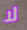
لا